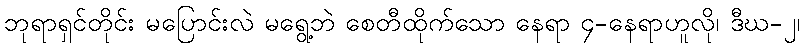
ဘုရာရှင်တိုင်း မပြောင်းလဲ မရွေ့ဘဲ စေတီထိုက်သော နေရာ ၄-နေရာဟူလို၊ ဒီဃ-၂၊